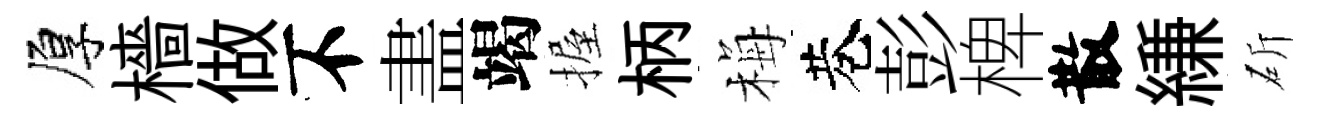
厚檣做不𥁞竭握柄梅巷彭椑散縑斫